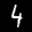
Label: 4